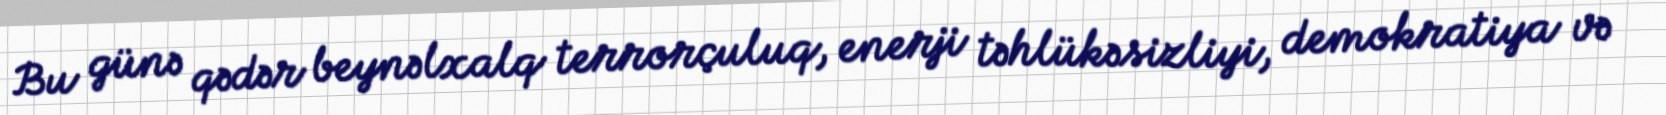
Bu günə qədər beynəlxalq terrorçuluq, enerji təhlükəsizliyi, demokratiya və